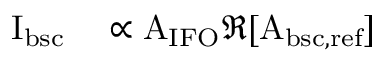
\begin{array} { r l } { \mathrm { I _ { b s c } } } & { { } \propto \mathrm { A _ { I F O } } \Re [ \mathrm { A _ { b s c , r e f } } ] } \end{array}